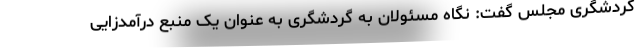
گردشگری مجلس گفت: نگاه مسئولان به گردشگری به عنوان یک منبع درآمدزایی